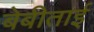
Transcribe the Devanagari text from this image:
बेबीताई